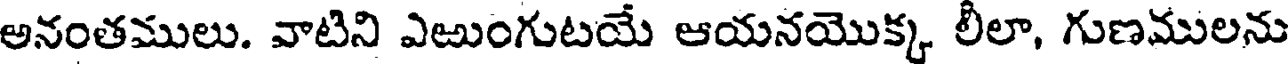
అనంతములు. వాటిని ఎఱుంగుటయే ఆయనయొక్క లీలా, గుణములను